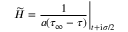
\left. \widetilde { H } = \frac { 1 } { a ( \tau _ { \infty } - \tau ) } \right| _ { t + \mathrm { i } \sigma / 2 }